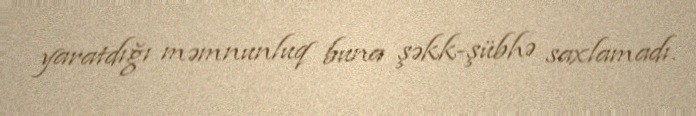
yaratdığı məmnunluq buna şəkk-şübhə saxlamadı.